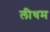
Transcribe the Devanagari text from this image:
लीथम